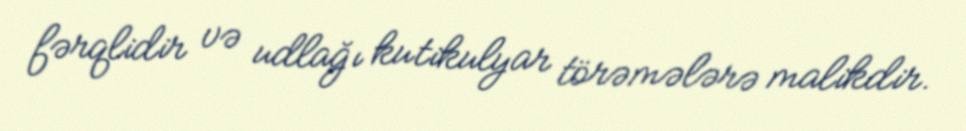
fərqlidir və udlağı kutikulyar törəmələrə malikdir.